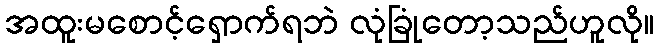
အထူးမစောင့်ရှောက်ရဘဲ လုံခြုံတော့သည်ဟူလို။